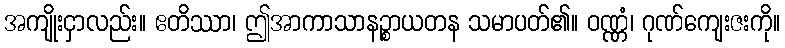
အကျိုးငှာလည်း။ ဧတိဿာ၊ ဤအာကာသာနဉ္စာယတန သမာပတ်၏။ ဝဏ္ဏံ၊ ဂုဏ်ကျေးဇးကို။